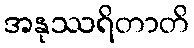
အနုဿရိတာတိ